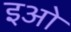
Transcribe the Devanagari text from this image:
इओ